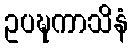
ဥပဍ္ဎကာသိနံ